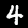
Label: 4